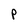
Character: P